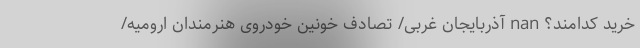
خرید کدامند؟ nan آذربایجان غربی/ تصادف خونین خودروی هنرمندان ارومیه/